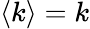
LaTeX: \langle k\rangle=k